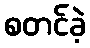
စတင်ခဲ့